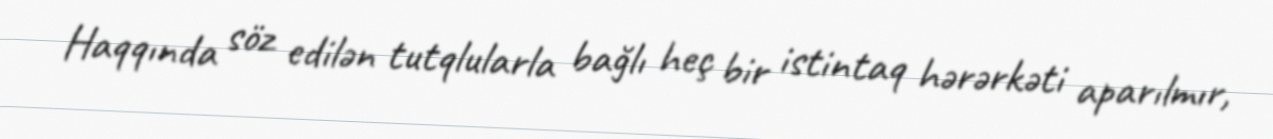
Haqqında söz edilən tutqlularla bağlı heç bir istintaq hərərkəti aparılmır,